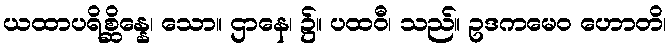
ယထာပရိစ္ဆိန္နေ၊ သော။ ဌာနေ၊ ၌။ ပထဝီ၊ သည်။ ဥဒကမေဝ ဟောတိ၊